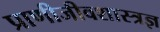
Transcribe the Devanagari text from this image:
प्राणीजीवशास्त्रज्ञ